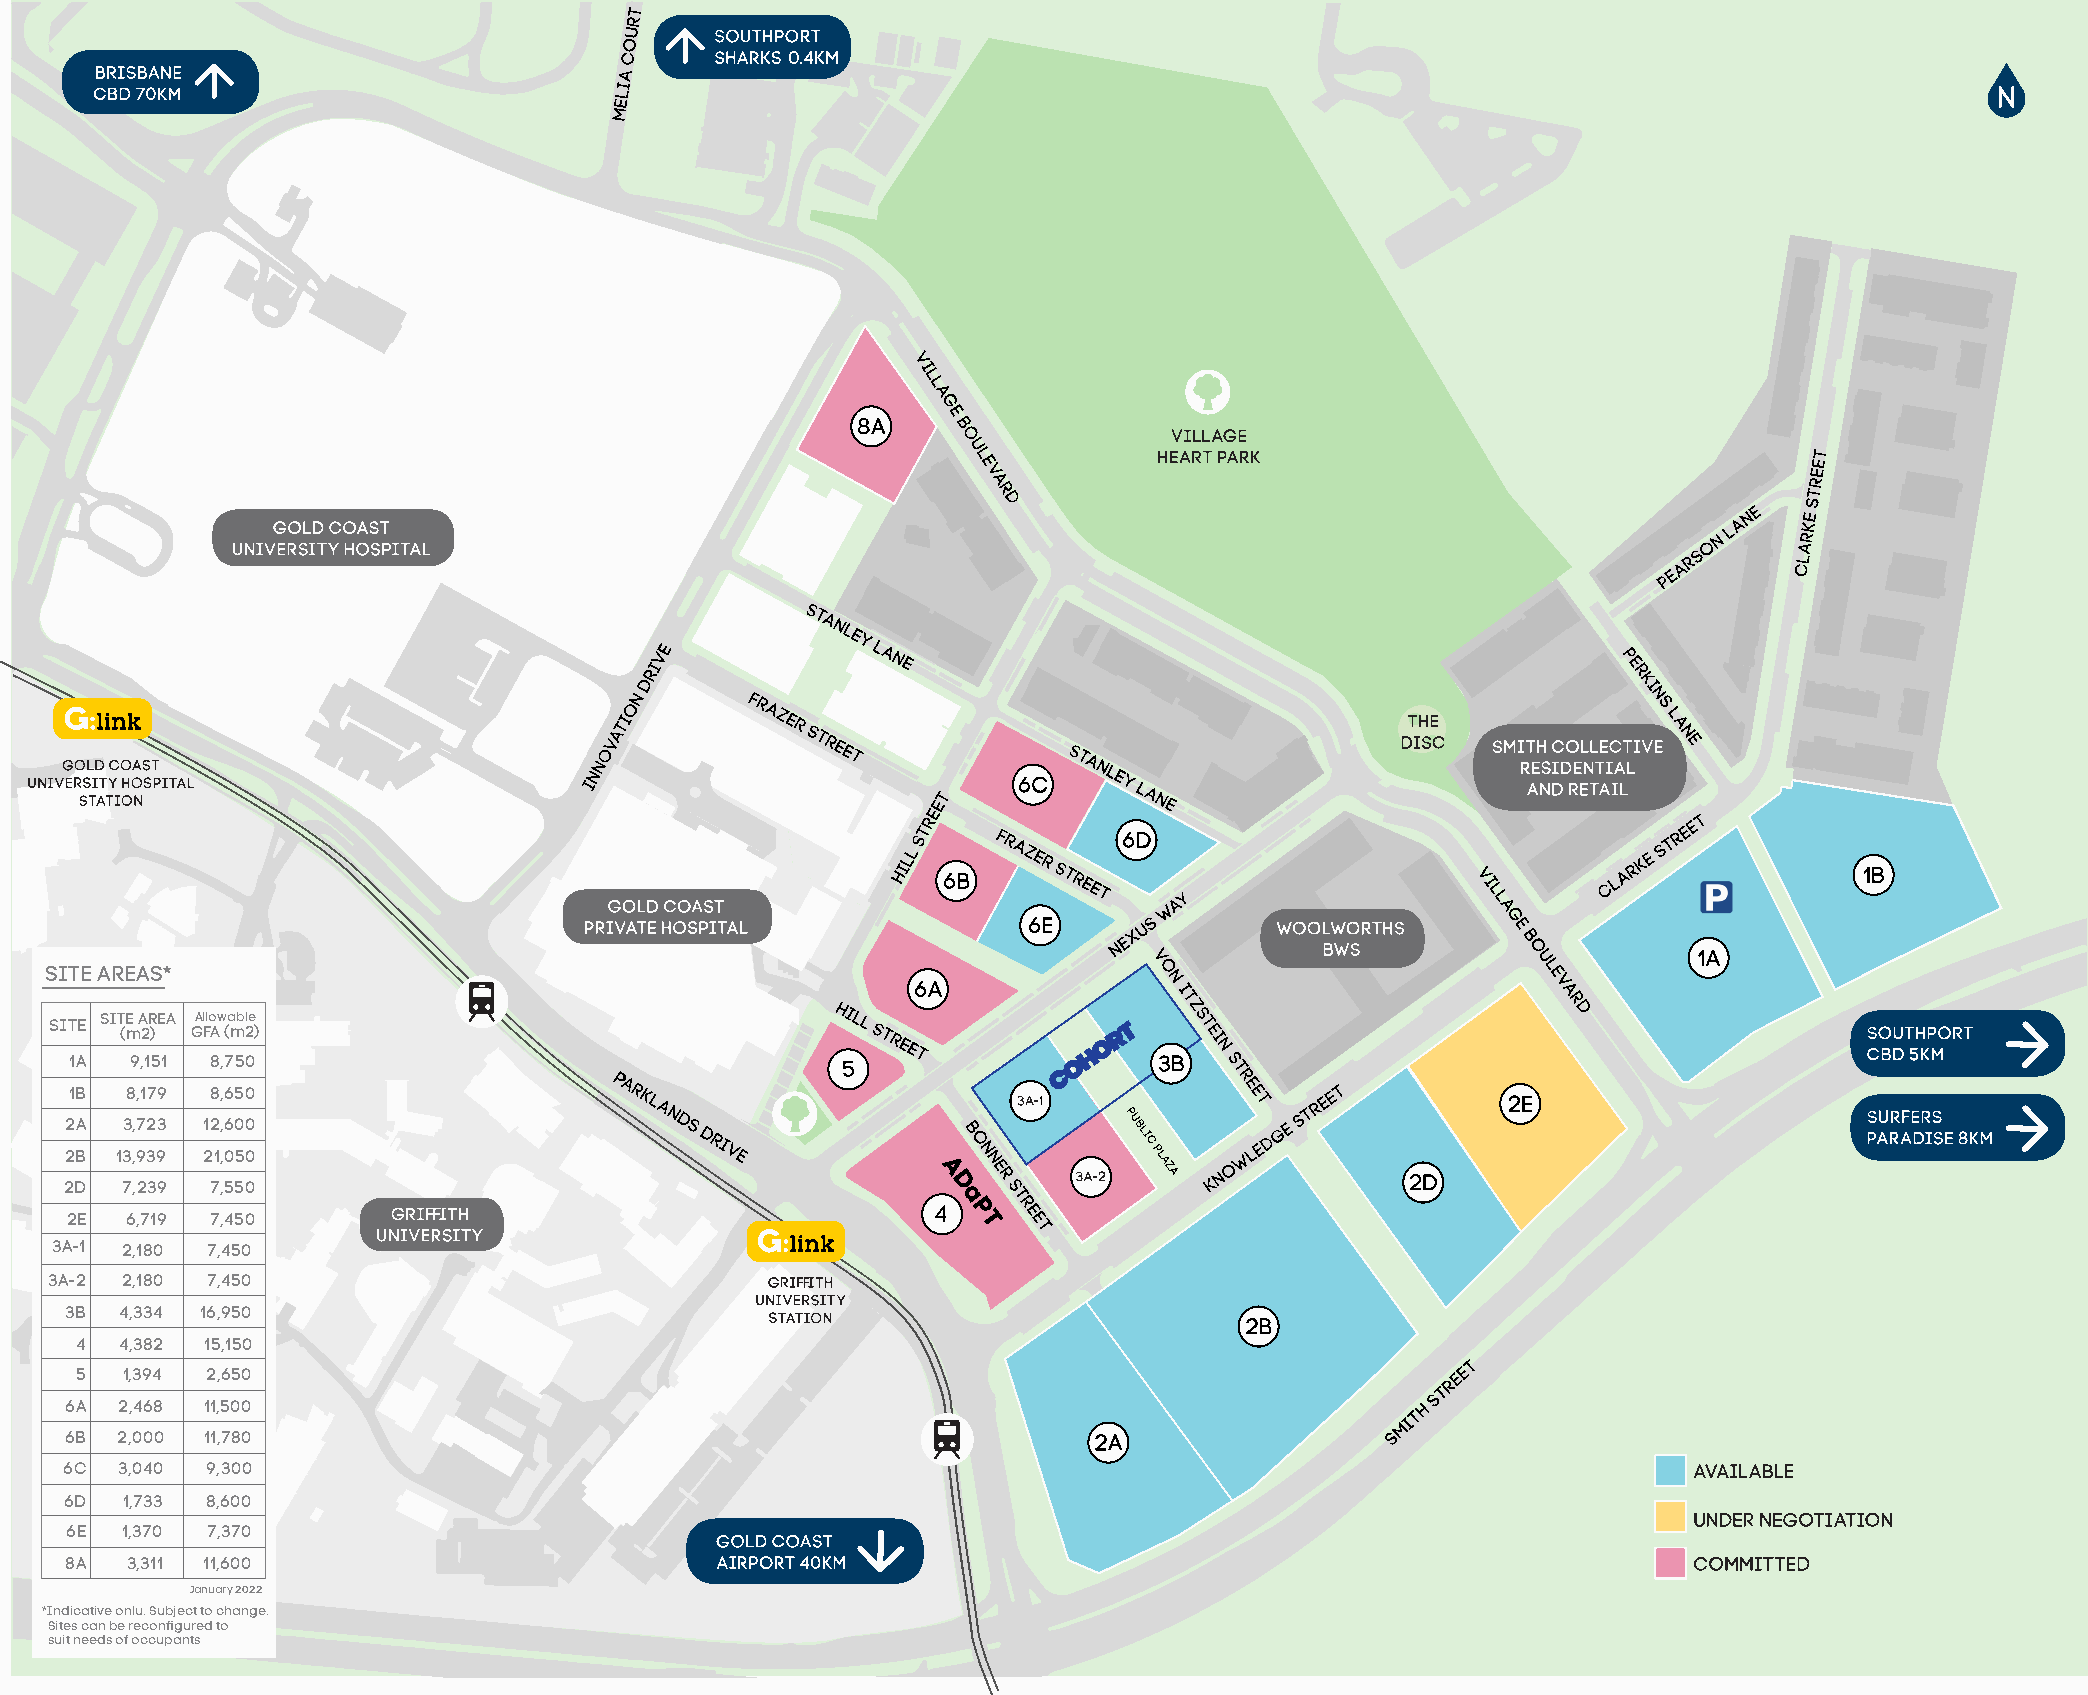
SITE AREAS*
 SITE SITE AREA Allowable
 (m2) GFA (m2)
 1A  9,151 8,750
 1B 8,179 8,650
 2A  3,723 12,600
 2B  13,939 21,050
 2D  7,239 7,550
 2E  6,719 7,450
 3A-1 2,180 7,450
 3A-2 2,180 7,450
 3B  4,334 16,950
 4  4,382 15,150
 5  1,394 2,650
 6A  2,468 11,500
 6B  2,000 11,780
 6C  3,040 9,300
 6D  1,733 8,600
 6E  1,370 7,370
 8A  3,311 11,600
 January 2022
 *Indicative onlu. Subject to change.
 Sites can be reconfigured to
 suit needs of occupants